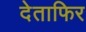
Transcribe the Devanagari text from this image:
देताफिर